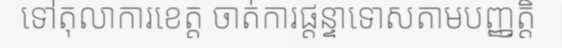
ទៅតុលាការខេត្ត ចាត់ការផ្តន្ទាទោសតាមបញ្ញត្តិ